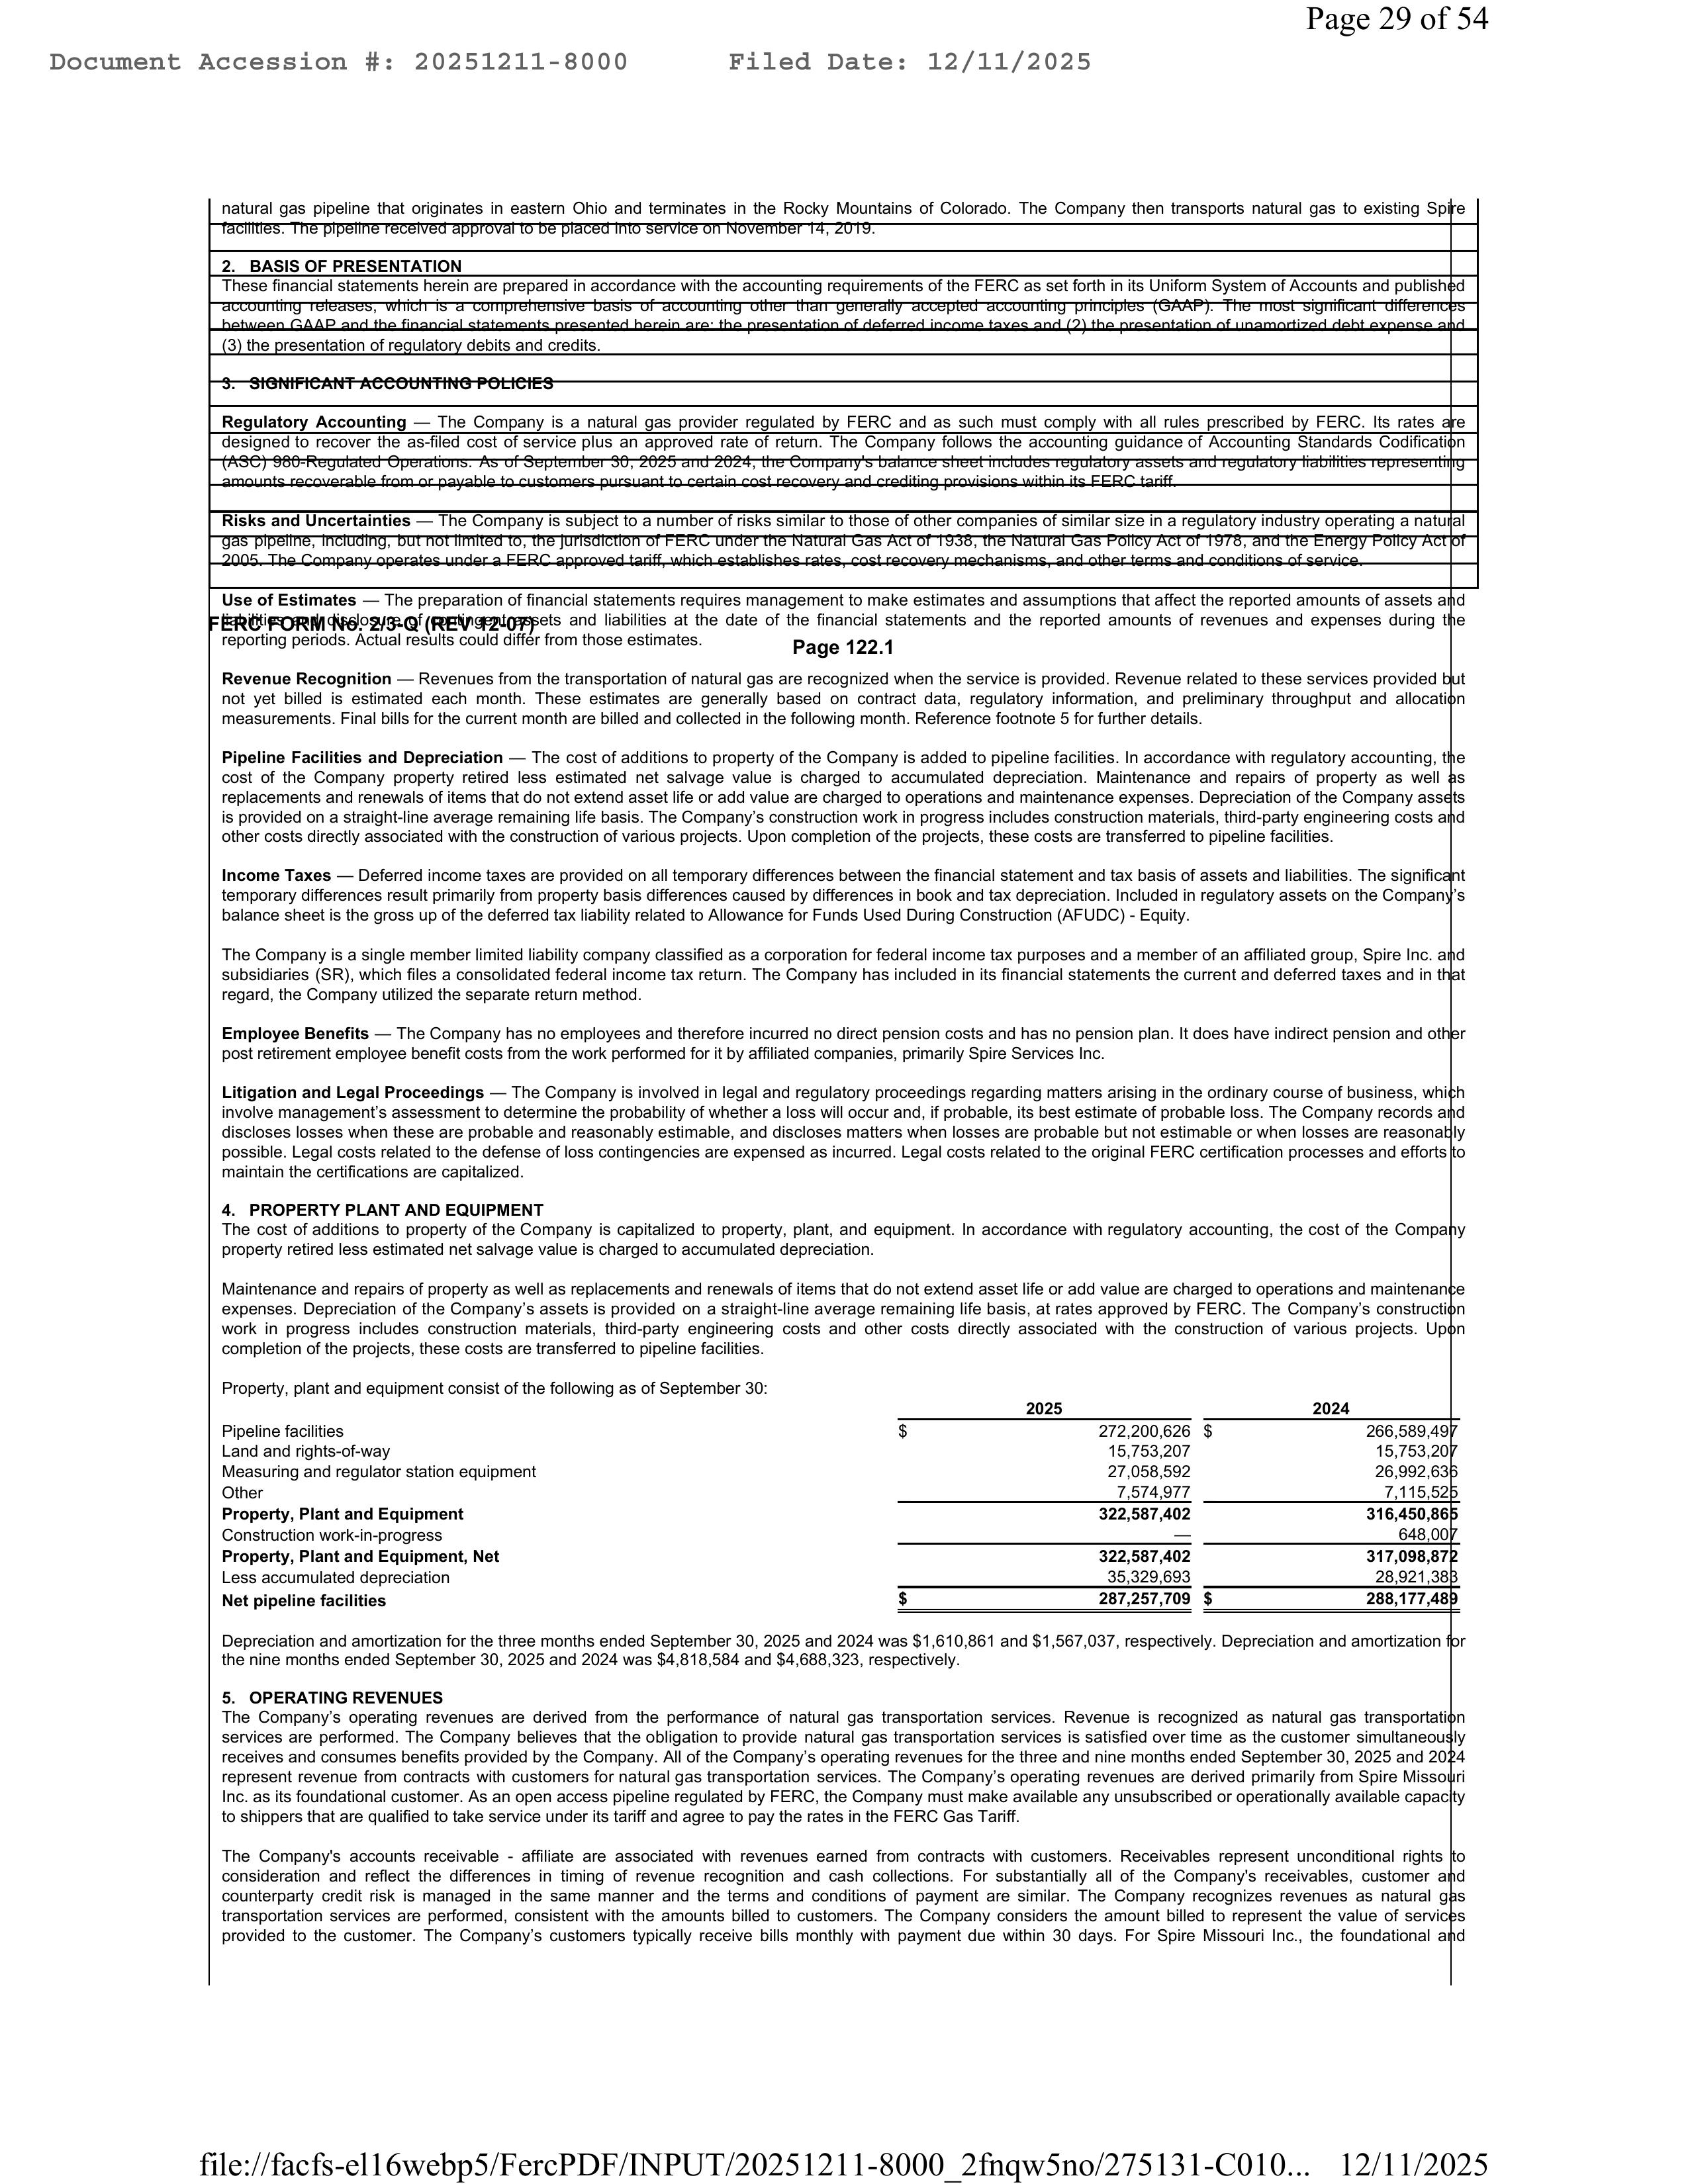
Document Accession #: 20251211-8000        Filed Date: 12/11/2025                                                                 Page 29 of 54

natural gas pipeline that originates in eastern Ohio and terminates in the Rocky Mountains of Colorado. The Company then transports natural gas to existing Spire
facilities. The pipeline received approval to be placed into service on November 14, 2019.

2.  BASIS OF PRESENTATION

These financial statements herein are prepared in accordance with the accounting requirements of the FERC as set forth in its Uniform System of Accounts and published
accounting releases, which is a comprehensive basis of accounting other than generally accepted accounting principles ("GAAP"). The most significant differences
between GAAP and the financial statements presented herein are: the presentation of deferred income taxes and (2) the presentation of unamortized debt expense and
(3) the presentation of regulatory debits and credits.

3.  SIGNIFICANT ACCOUNTING POLICIES

Regulatory Accounting — The Company is a natural gas provider regulated by FERC and as such must comply with all rules prescribed by FERC. Its rates are
designed to recover the as-filed cost of service plus an approved rate of return. The Company follows the accounting guidance of Accounting Standards Codification
(ASC) 980-Regulated Operations. As of September 30, 2025 and 2024, the Company's balance sheet includes regulatory assets and regulatory liabilities representing
amounts recoverable from or payable to customers pursuant to certain cost recovery and crediting provisions within its FERC tariff.

Risks and Uncertainties — The Company is subject to a number of risks similar to those of other companies of similar size in a regulatory industry operating a natural
gas pipeline, including, but not limited to, the jurisdiction of FERC under the Natural Gas Act of 1938, the Natural Gas Policy Act of 1978, and the Energy Policy Act of
2005. The Company operates under a FERC approved tariff, which establishes rates, cost recovery mechanisms, and other terms and conditions of service.

Use of Estimates — The preparation of financial statements requires management to make estimates and assumptions that affect the reported amounts of assets and
FERC FORM No. 2/3-Q (REV 12-07)         assets and liabilities at the date of the financial statements and the reported amounts of revenues and expenses during the
reporting periods. Actual results could differ from those estimates.                                                                   Page 122.1

Revenue Recognition — Revenues from the transportation of natural gas are recognized when the service is provided. Revenue related to these services provided but
not yet billed is estimated each month. These estimates are generally based on contract data, regulatory information, and preliminary throughput and allocation
measurements. Final bills for the current month are billed and collected in the following month. Reference footnote 5 for further details.

Pipeline Facilities and Depreciation — The cost of additions to property of the Company is added to pipeline facilities. In accordance with regulatory accounting, the
cost of the Company property retired less estimated net salvage value is charged to accumulated depreciation. Maintenance and repairs of property as well as
replacements and renewals of items that do not extend asset life or add value are charged to operations and maintenance expenses. Depreciation of the Company's assets
is provided on a straight-line average remaining life basis. The Company's construction work in progress includes construction materials, third-party engineering costs and
other costs directly associated with the construction of various projects. Upon completion of the projects, these costs are transferred to pipeline facilities.

Income Taxes — Deferred income taxes are provided on all temporary differences between the financial statement and tax basis of assets and liabilities. The significant
temporary differences result primarily from property basis differences caused by differences in book and tax depreciation. Included in regulatory assets on the Company's
balance sheet is the gross up of the deferred tax liability related to Allowance for Funds Used During Construction (AFUDC) - Equity.

The Company is a single member limited liability company classified as a corporation for federal income tax purposes and a member of an affiliated group, Spire Inc. and
subsidiaries (SR), which files a consolidated federal income tax return. The Company has included in its financial statements the current and deferred taxes and in that
regard, the Company utilized the separate return method.

Employee Benefits — The Company has no employees and therefore incurred no direct pension costs and has no pension plan. It does have indirect pension and other
post retirement employee benefit costs from the work performed for it by affiliated companies, primarily Spire Services Inc.

Litigation and Legal Proceedings — The Company is involved in legal and regulatory proceedings regarding matters arising in the ordinary course of business, which
involve management's assessment to determine the probability of whether a loss will occur and, if probable, its best estimate of probable loss. The Company records and
discloses losses when these are probable and reasonably estimable, and discloses matters when losses are probable but not estimable or when losses are reasonably
possible. Legal costs related to the defense of loss contingencies are expensed as incurred. Legal costs related to the original FERC certification processes and efforts to
maintain the certifications are capitalized.

4.  PROPERTY PLANT AND EQUIPMENT

The cost of additions to property of the Company is capitalized to property, plant, and equipment. In accordance with regulatory accounting, the cost of the Company
property retired less estimated net salvage value is charged to accumulated depreciation.

Maintenance and repairs of property as well as replacements and renewals of items that do not extend asset life or add value are charged to operations and maintenance
expenses. Depreciation of the Company's assets is provided on a straight-line average remaining life basis, at rates approved by FERC. The Company's construction
work in progress includes construction materials, third-party engineering costs and other costs directly associated with the construction of various projects. Upon
completion of the projects, these costs are transferred to pipeline facilities.

Property, plant and equipment consist of the following as of September 30:
                                                                                            2025                    2024
Pipeline facilities                                                          $        272,200,626   $        266,589,497
Land and rights-of-way                                                                 15,753,207             15,753,207
Measuring and regulator station equipment                                              27,058,592             26,992,636
Other                                                                                   7,574,977              7,115,526
Property, Plant and Equipment                                                         322,587,402            316,450,866
Construction work-in-progress                                                                                    648,007
Property, Plant and Equipment, Net                                                    322,587,402            317,098,873
Less accumulated depreciation                                                          35,329,693             28,921,383
Net pipeline facilities                                                      $       287,257,709   $        288,177,489

Depreciation and amortization for the three months ended September 30, 2025 and 2024 was $1,610,861 and $1,567,037, respectively. Depreciation and amortization for
the nine months ended September 30, 2025 and 2024 was $4,818,584 and $4,688,323, respectively.

5.  OPERATING REVENUES

The Company's operating revenues are derived from the performance of natural gas transportation services. Revenue is recognized as natural gas transportation
services are performed. The Company believes that the obligation to provide natural gas transportation services is satisfied over time as the customer simultaneously
receives and consumes benefits provided by the Company. All of the Company's operating revenues for the three and nine months ended September 30, 2025 and 2024
represent revenue from contracts with customers for natural gas transportation services. The Company's operating revenues are derived primarily from Spire Missouri
Inc. as its foundational customer. As an open access pipeline regulated by FERC, the Company must make available any unsubscribed or operationally available capacity
to shippers that are qualified to take service under its tariff and agree to pay the rates in the FERC Gas Tariff.

The Company's accounts receivable - affiliate are associated with revenues earned from contracts with customers. Receivables represent unconditional rights to
consideration and reflect the differences in timing of revenue recognition and cash collections. For substantially all of the Company's receivables, customer and
counterparty credit risk is managed in the same manner and the terms and conditions of payment are similar. The Company recognizes revenues as natural gas
transportation services are performed, consistent with the amounts billed to customers. The Company considers the amount billed to represent the value of services
provided to the customer. The Company's customers typically receive bills monthly with payment due within 30 days. For Spire Missouri Inc., the foundational and

file://facfs-el16webp5/FercPDF/INPUT/20251211-8000_2fnqw5no/275131-C010...   12/11/2025